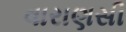
વારાણસી